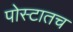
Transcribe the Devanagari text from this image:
पोस्टातच